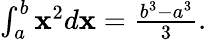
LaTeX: \textstyle\int_{a}^{b}\mathbf{x}^{2}d\mathbf{x}={\frac{{b^{3}-a^{3}}}{{3}}}.